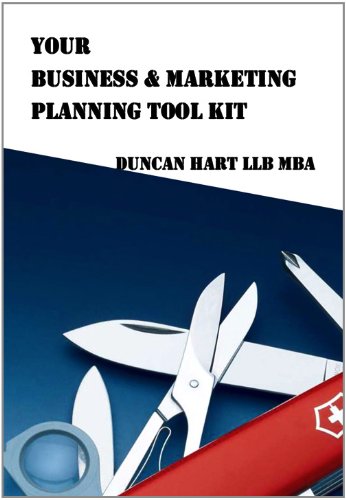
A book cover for The Lawyer's Business & Marketing Planning Toolkit; Duncan Hart; Law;